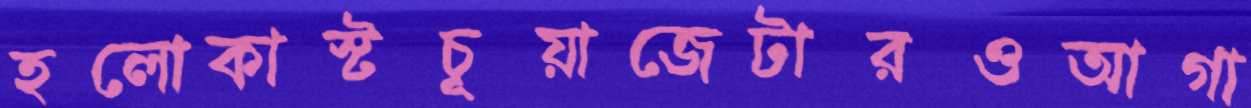
হলোকাস্টচূয়াজেটারওআগা